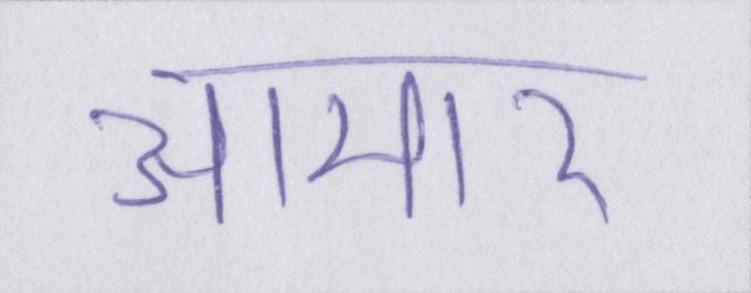
आमार